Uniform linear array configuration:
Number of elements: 64
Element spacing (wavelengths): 0.25
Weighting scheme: cosine
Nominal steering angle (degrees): -30
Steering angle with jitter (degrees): -30.719
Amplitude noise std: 0.05
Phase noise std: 0.05

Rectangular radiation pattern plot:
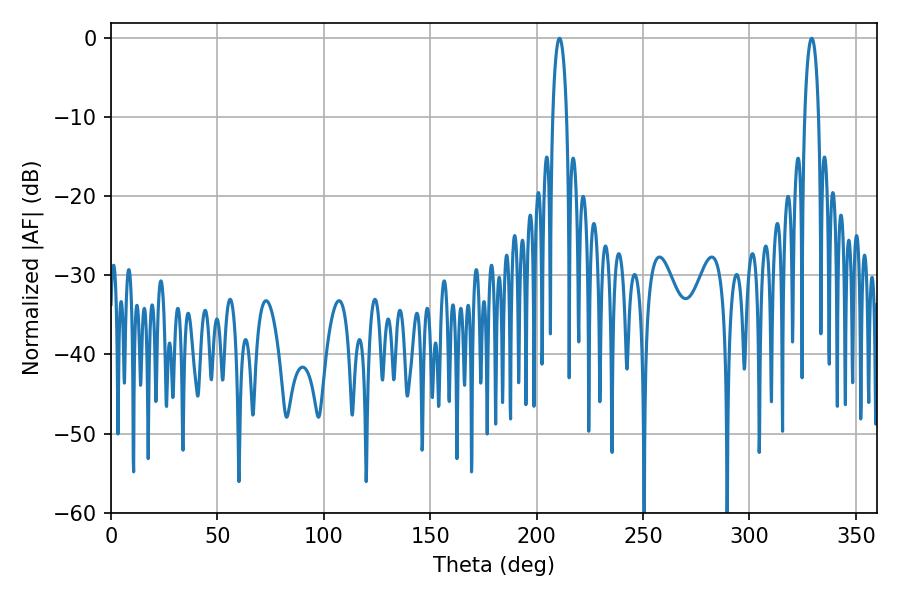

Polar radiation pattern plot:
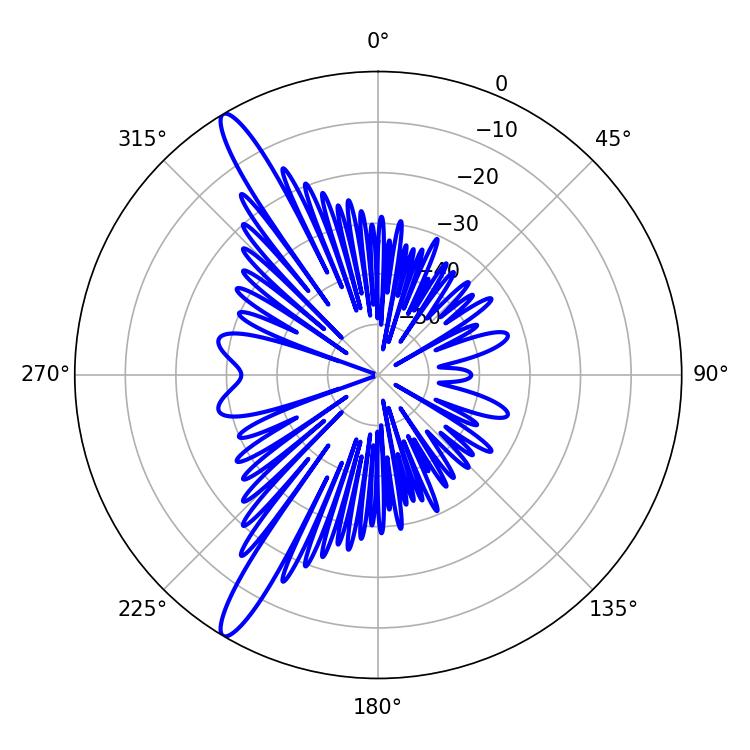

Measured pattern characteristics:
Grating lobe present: FALSE
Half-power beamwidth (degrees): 3.6
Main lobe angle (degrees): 329.22